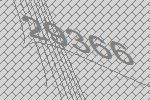
29366